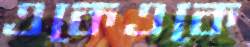
একেএকে